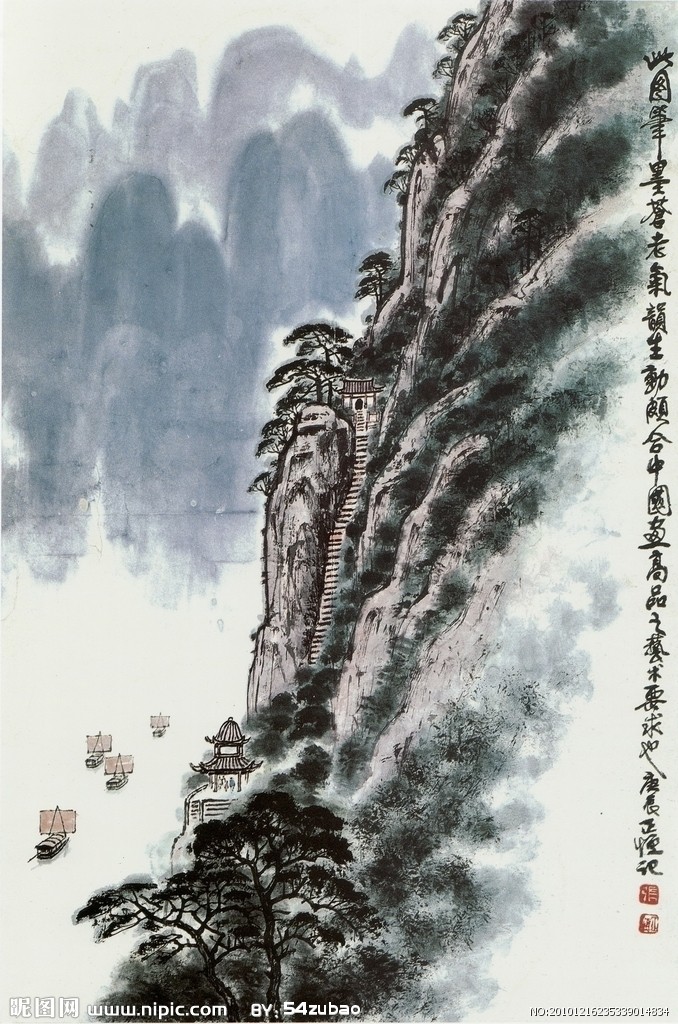
长风破浪会有时，直挂云帆济沧海。